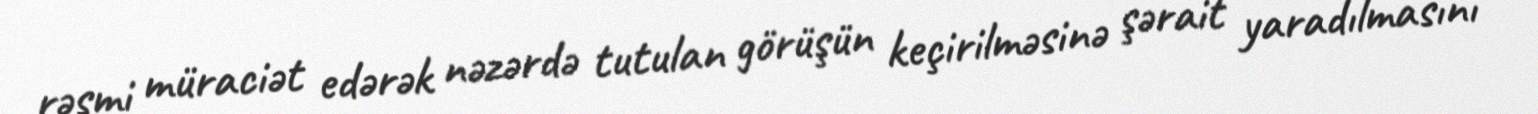
rəsmi müraciət edərək nəzərdə tutulan görüşün keçirilməsinə şərait yaradılmasını